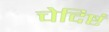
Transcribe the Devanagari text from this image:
चेदिष्टं